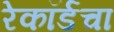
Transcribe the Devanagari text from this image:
रेकॉर्डचा